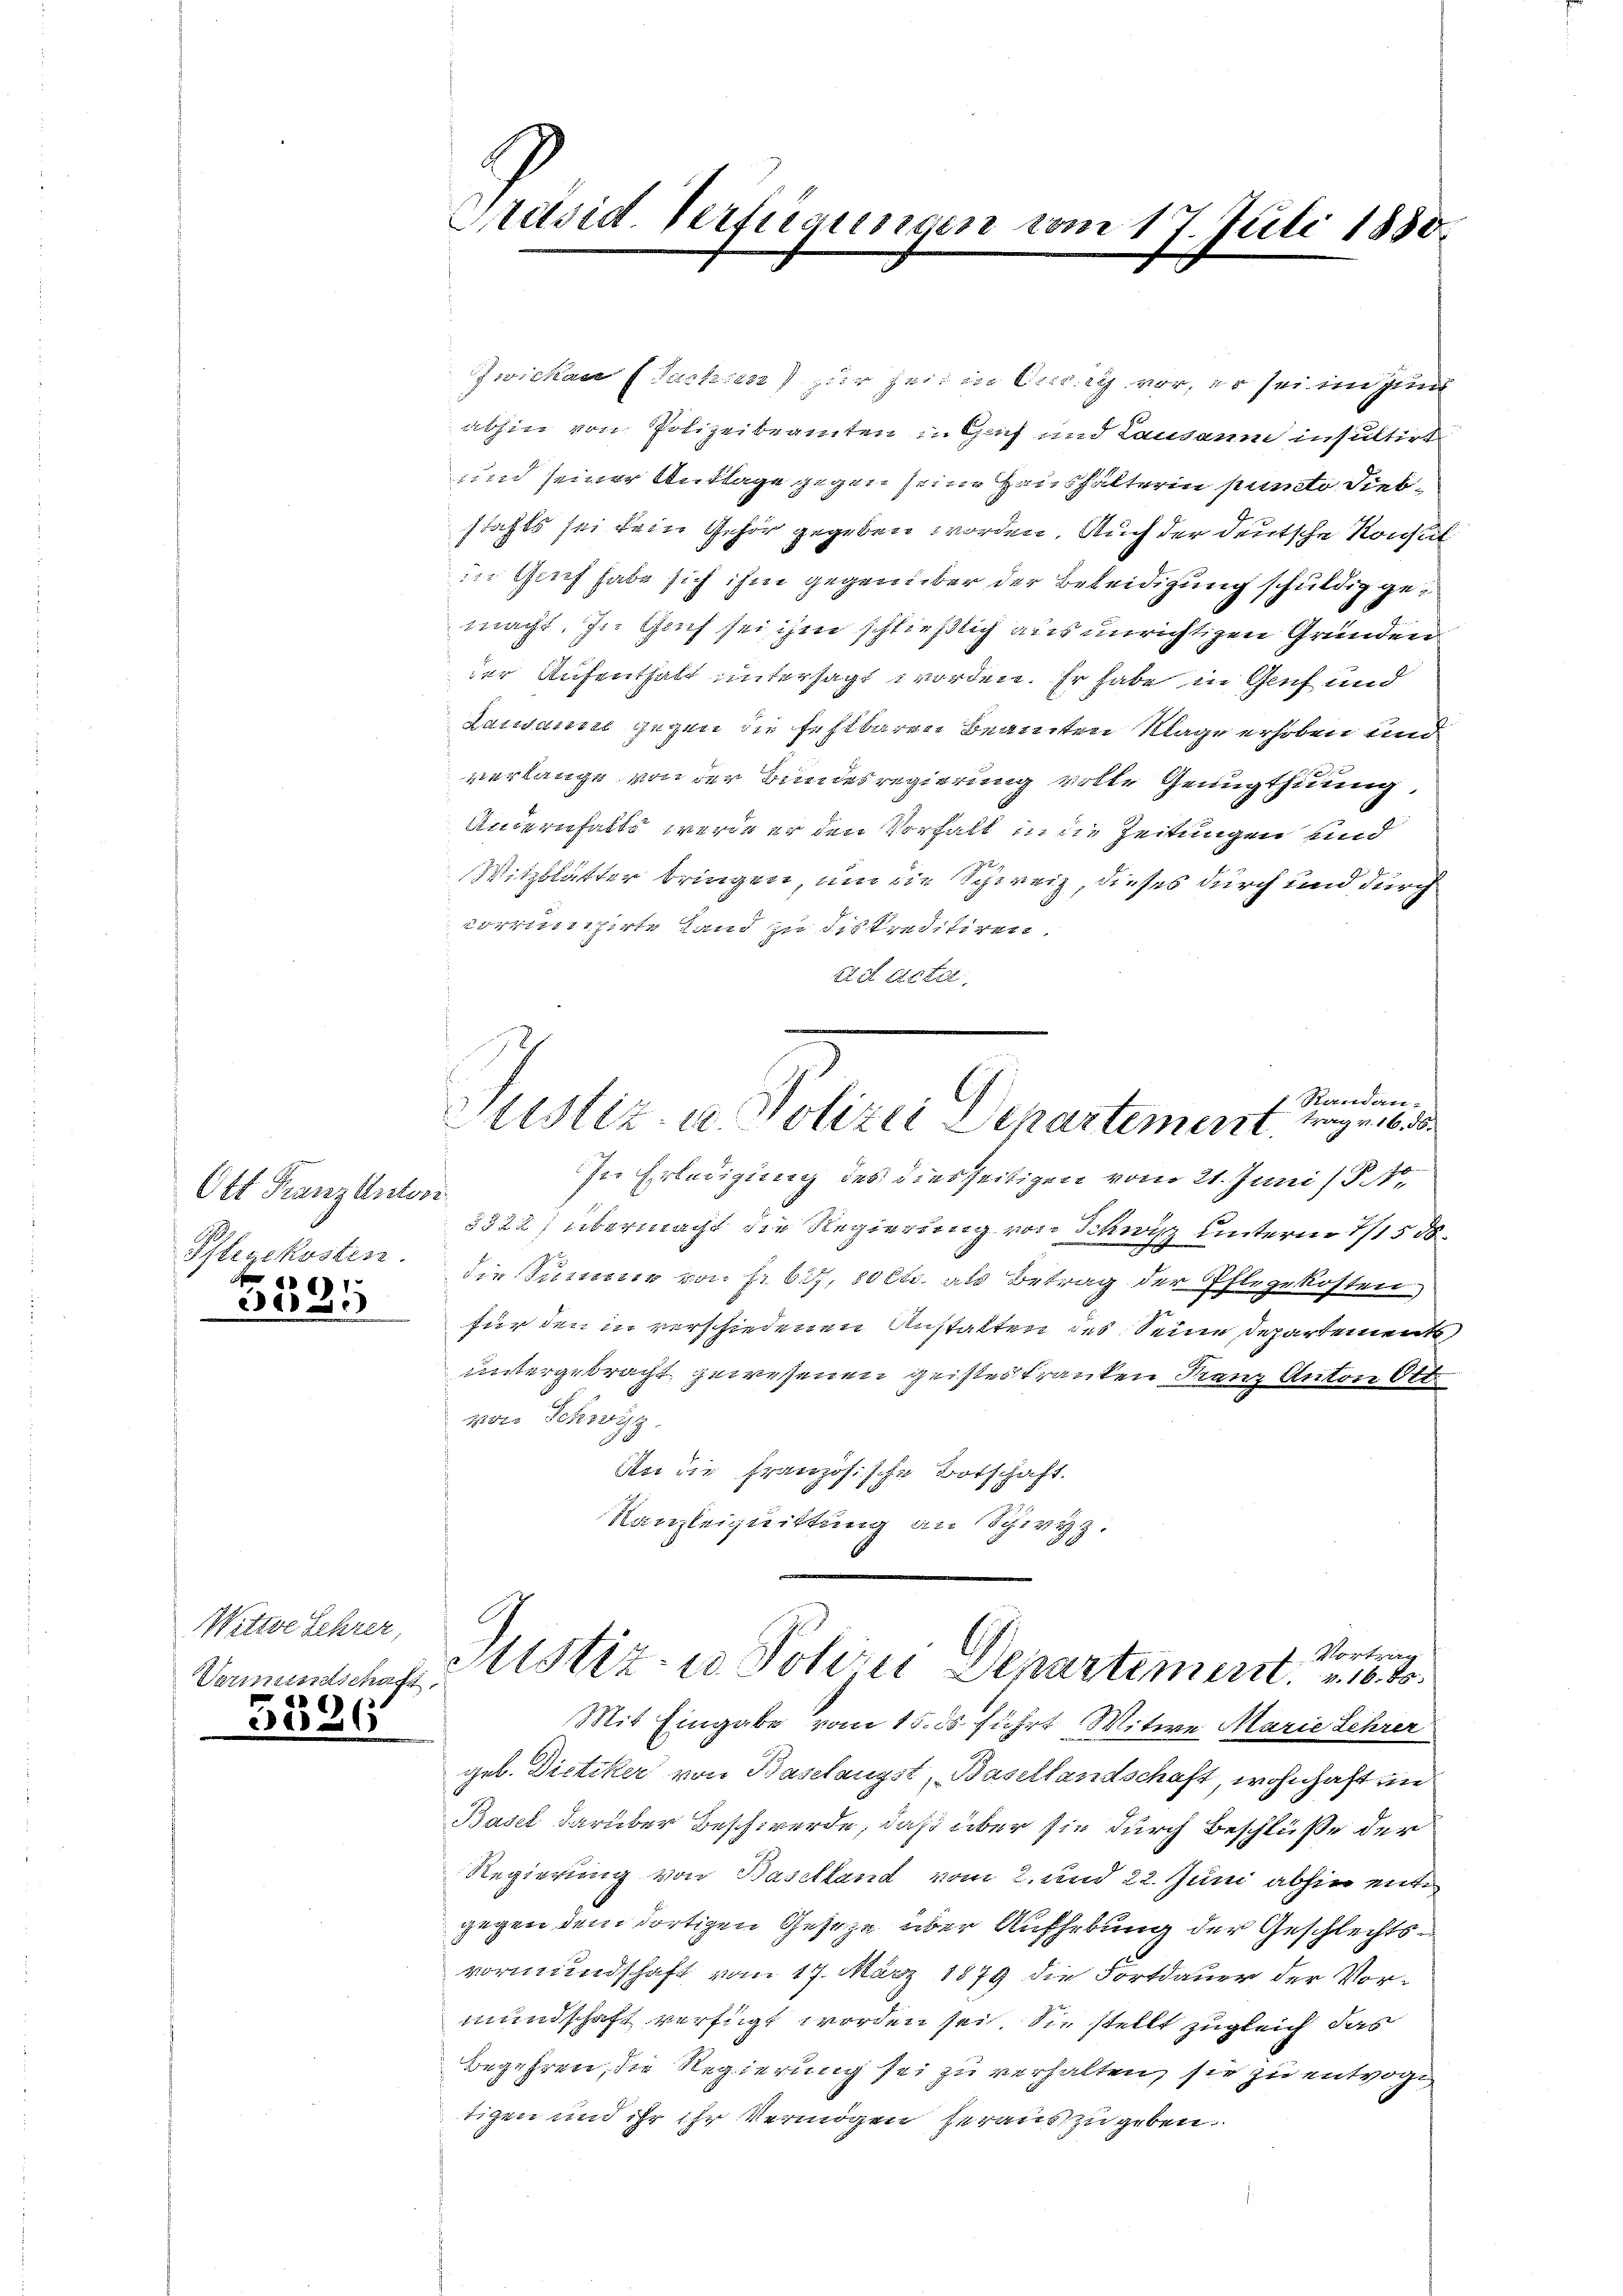
Ott Franz Anton
Pflegekosten.
6)

3000

Witte Lehrer,
Vermundschaft,
e

3026

Präsid Verfügungen vom 17 Juli 1880.
g

Zwickau (Sachsen zur Zeit in Ansich vor, er sei im zun
abhin von Polizeibeamten in Gut und Lausaum insultirt
und seiner Anklage gegen seine Haushälterin puncto Siebstahls sei dein Gehör gegeben worden. Auch der deutsche Konsul
in Glich habe sich ihm gegenüber der Beleidigung schuldig gemacht. In Gech sei ihm schließlich aus unrichtigen Gründen
der Aufenthalt untersagt worden. Er habe in Genf und
Lausanne gegen die fehlbaren Beamten Klage erhoben und
.
verlange von der Bundesregierung volle Genugthuung,
Aneinhalts werde er den Vorhalt in die Zeitungen und
Witzblätter bringen, um die Schweiz, dieses durch und durch
correichirte Land zu diskreditiren.
ad acta.
.
Randan-
Sistiz- u. Polizei Departement, trage 16. d.
In Erledigung des diesseitigen vom 21. Juni (§ 4
3322; übermacht die Regierung von Schwyz unterm 1/1500
die Summer von Erbit, 10 Cts. als Betrag der Pflegekosten
für den in verschiedenen Anstalten des Seine Departement,
untergebracht gewesenen geistes tranken Franz Anton Ott.
von Schwyz
An die Französische Botschaft.
Kanzleiquittung an Schwyz.

Mit Eingabe vom 15. ds führt Witwe Marie Lehrer
geb. Dietiker von Baselangst, Basellandschaft, wohnhaft in
Basel darüber Beschwerde, daß über sie durch Beschlüße der
Regierung von Baselland vom 2. und 22. Juni abhin ent
gegen dem dortigen Gesetze über Aufhebung der Geschlechtsvormundschaft vom 17. März 1879 die Fortdauer der Vormundschaft verfügt worden sei. Sie stellt zugleich das
Begehren, die Regierung sei zu verhalten, sie zu entwort
tizen und ihr ihr Vermögen heraus zugeben.

Vortrag
Sistiz- u. Johan Departement. 16. d.